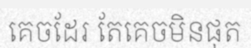
គេចដែរ តែគេចមិនផុត